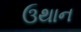
ઉથાન